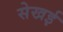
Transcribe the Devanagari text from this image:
सेखई